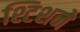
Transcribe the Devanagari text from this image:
श्टिशने